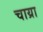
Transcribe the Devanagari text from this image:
चाय्रा